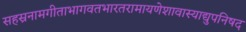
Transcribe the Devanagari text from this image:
सहस्रनामगीताभागवतभारतरामायणेशावास्याद्युपनिषद